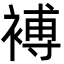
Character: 䙏